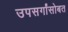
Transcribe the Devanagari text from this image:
उपसर्गांसोबत